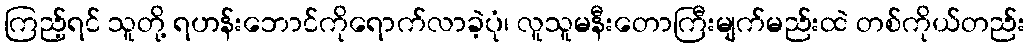
ကြည့်ရင် သူတို့ ရဟန်းဘောင်ကိုရောက်လာခဲ့ပုံ၊ လူသူမနီးတောကြီးမျက်မည်းထဲ တစ်ကိုယ်တည်း